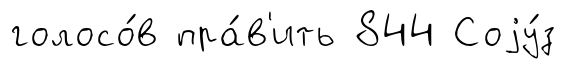
голосо́в пра́в'ить 844 Соjу́з